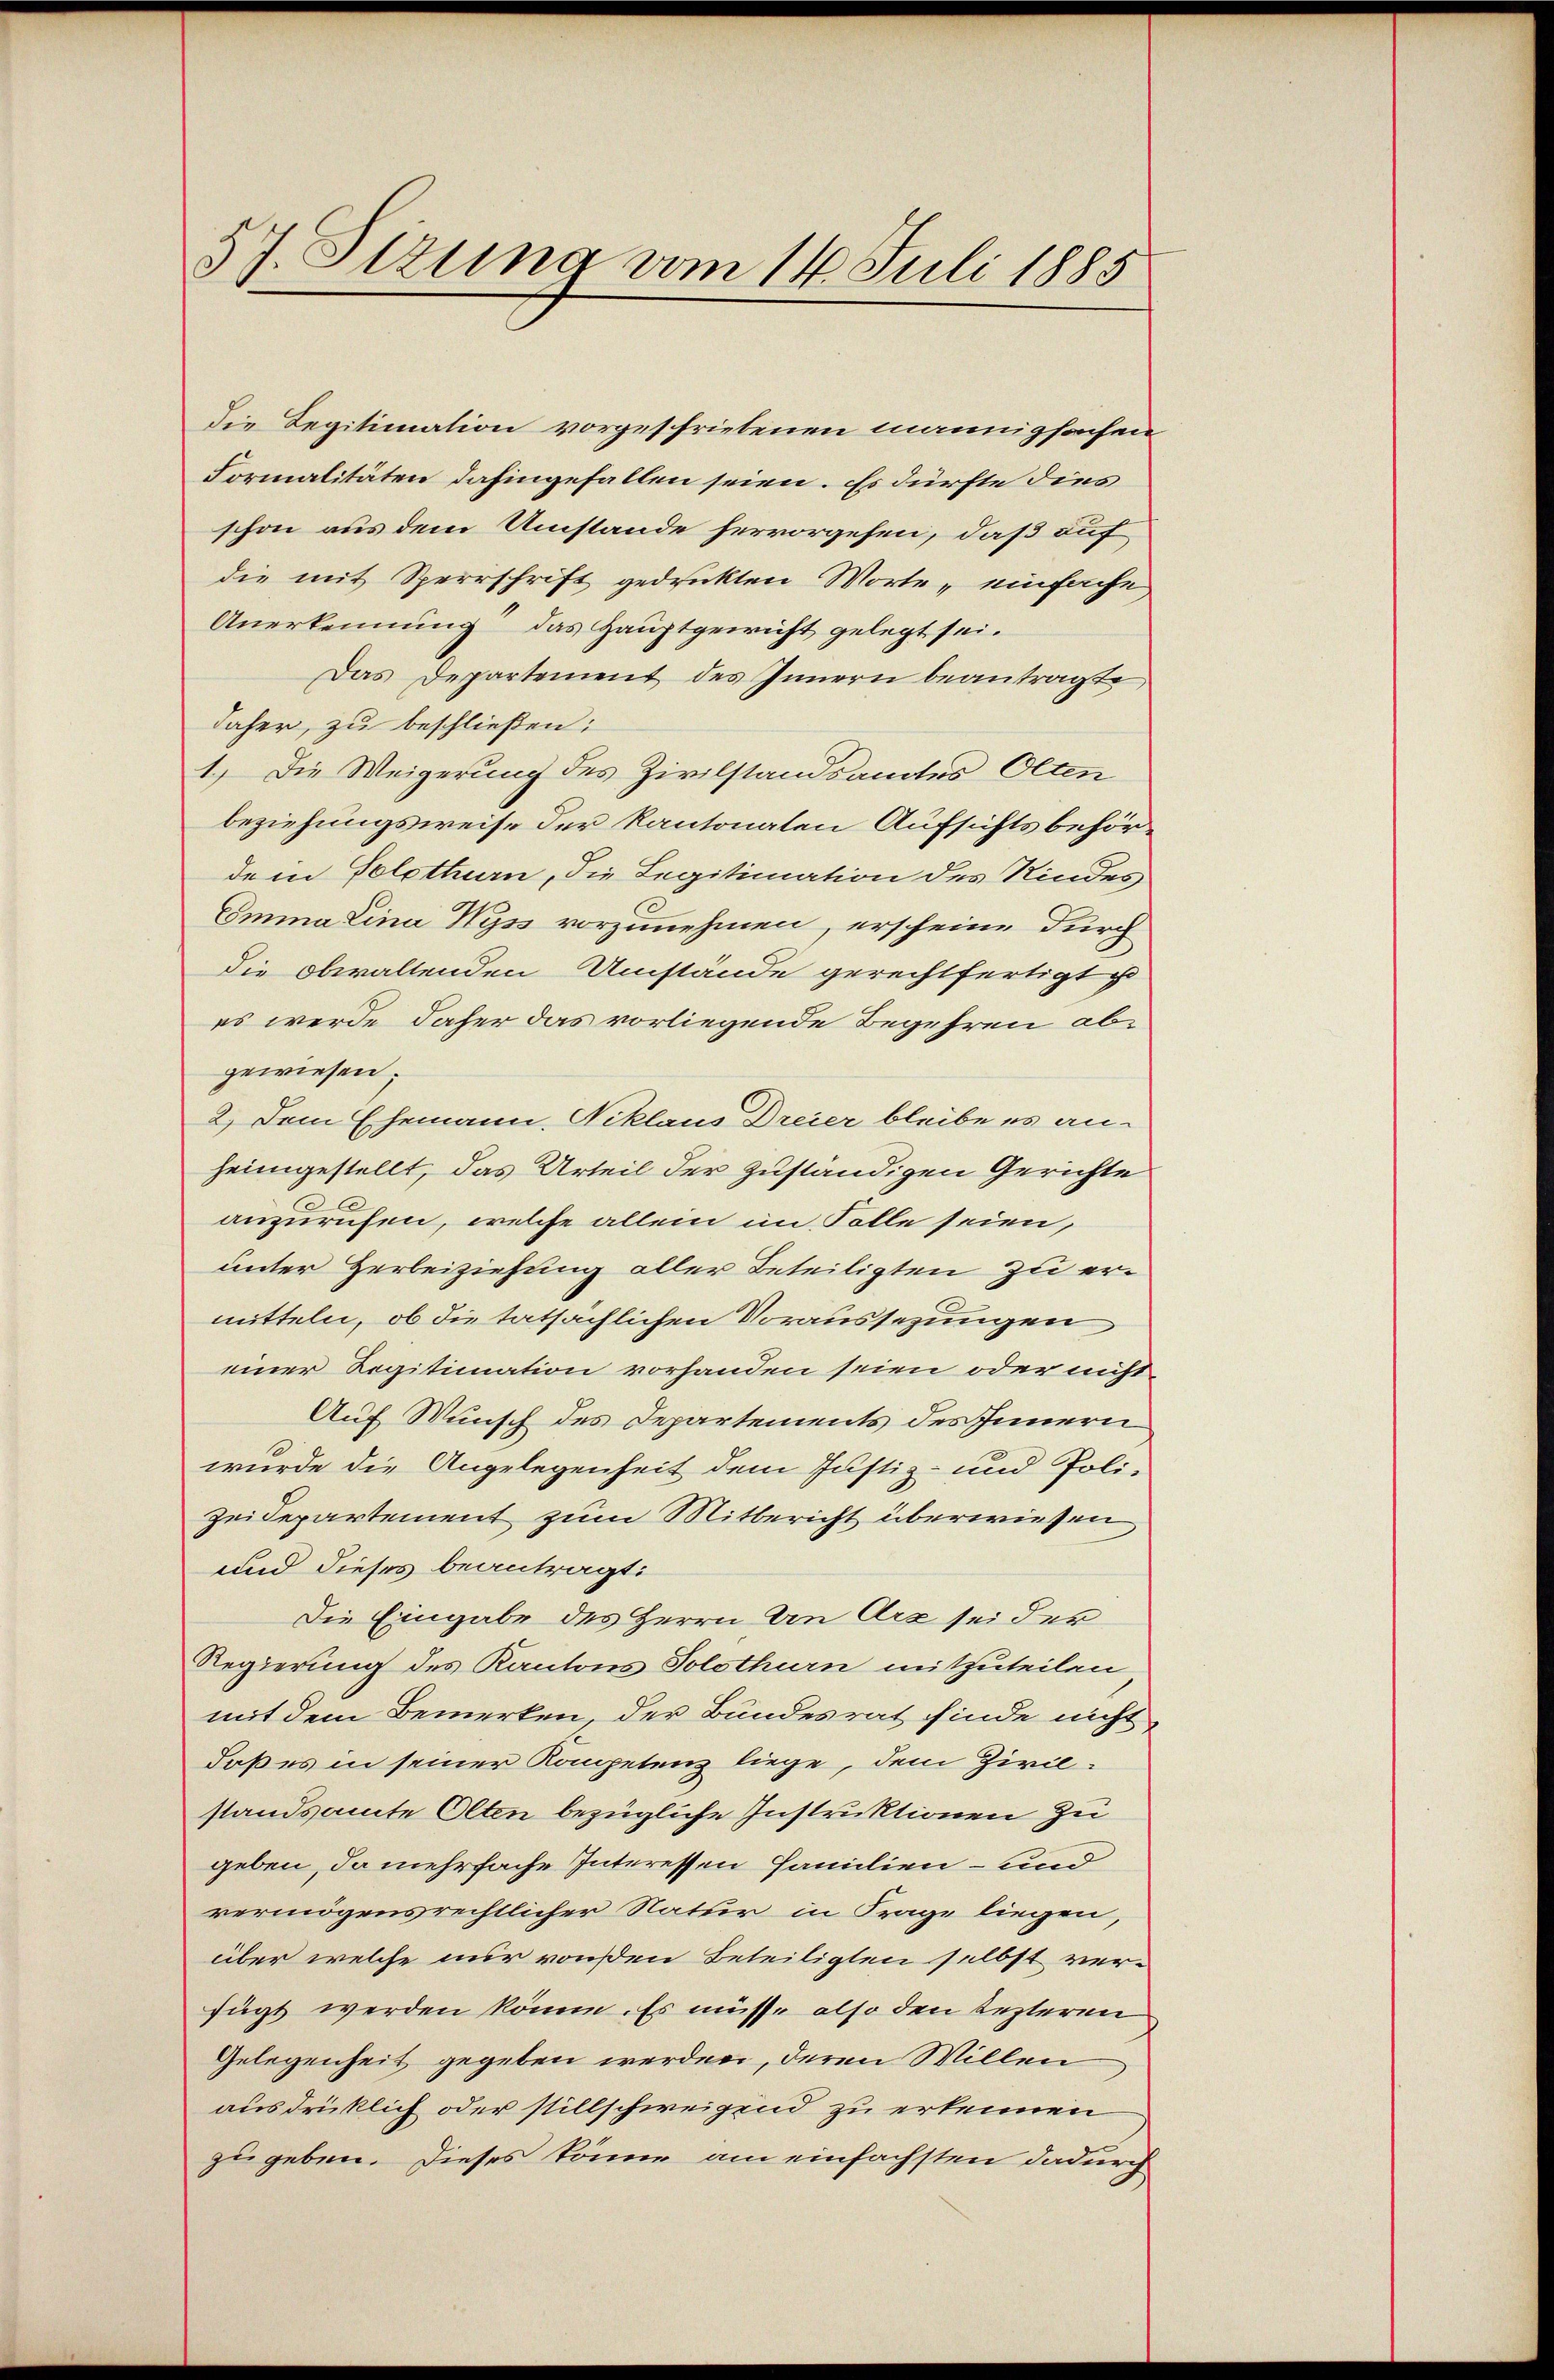
57. Sizung vom 14. Juli 1885

die Legitimation vorgeschriebenen mannigfachen
Formalitäten dahingefallen seien. Es dürfte dies
schon aus dem Umstände hervorgehen, daß auf
die mit Sperrschrift gedruckten Worte „einfache,
Anerkennung das Hauptgericht gelegt sei.
Das Departement des Innern beantragte,
daher, zu beschließen:
1.) Die Weigerung des Zivilstandsamtes Olten
beziehungsweise der kantonaten Aufsichtsbehördem Solothurn, die Legitimation des Kindes
Emma Lina Wyss vorzunehmen, erscheine durch
die obwaltenden Umstände gerechtfertigt
es werde daher das vorliegende Begehren abgewiesen.
2.) Dem Ehemann. Niklaus Dreier bleibe es an-
heimgestellt, das Urteil der zuständigen Gerichte
anzurufen, welche allein im Solle seien,
unter Herbeiziehung aller Beteiligten zu ermitteln, ob die tatsächlichen Voraussezungen
einer Regitimation vorhanden seien oder nicht
Auf Wunsch des Departements des Innern
wurde die Angelegenheit dem Justiz- und Poli¬
Zeidepartement zum Mitbericht überwiesen
und dieses beantragt:
Die Eingabe des Herrn An Arz sei der
Regierung des Kantons Solothurn mitzuteilen
mit dem Bemerken der Bundesrat finde nicht
daß es in seiner Kompetenz liege, dem Zircstandsamte Olten bezügliche Instruktionen zu
geben, da mehrfache Interessen Familien- und
vermögensrechtlicher Natur in Frage liegen,
über welche nur vonsen Beteiligten selbst ver-
fügt werden könne. Es müsse also den lezteren
Gelegenheit gegeben werden, deren Willen
ausdrücklich oder stillschweigend zu erkennen
zu geben. Dieses könne am einfachsten dadurch